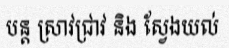
បន្ត ស្រាវជ្រាវ និង ស្វែងយល់